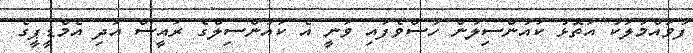
ފުވައްމުލަކު އަތޮޅު ކައުންސިލުން ހުސްވެފައި ވަނީ އެ ކައުންސިލްގެ ރައީސް އަދި އެމްޑީޕީގެ